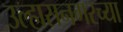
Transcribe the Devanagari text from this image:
उल्हासनगरच्या